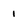
Character: 1